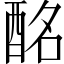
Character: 酩